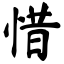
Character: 惜